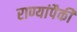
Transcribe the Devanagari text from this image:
राण्यांपैकी